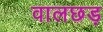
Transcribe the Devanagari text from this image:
वालछड़